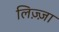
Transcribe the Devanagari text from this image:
लिज़्ज़ा